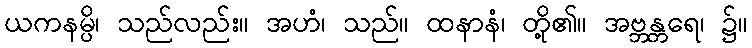
ယကနမ္ပိ၊ သည်လည်း။ အဟံ၊ သည်။ ထနာနံ၊ တို့၏။ အဗ္ဘန္တရေ၊ ၌။